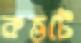
কতটে